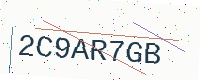
Text: 2C9AR7GB